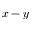
x - y